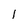
Character: l